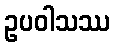
ဥပဝါသဿ